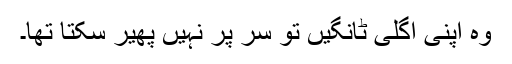
وہ اپنی اگلی ٹانگیں تو سر پر نہیں پھیر سکتا تھا۔